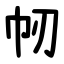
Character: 㠴